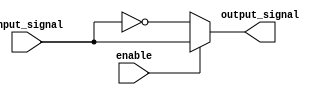
module buffer_inverter (
    input wire enable, // Active-low enable signal
    input wire input_signal, // Input signal
    output reg output_signal // Output signal
);

always @ (enable or input_signal)
begin
    if (enable == 1'b0) begin
        output_signal <= ~input_signal;
    end
    else begin
        output_signal <= input_signal;
    end
end

endmodule